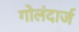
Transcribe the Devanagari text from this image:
गोलंदार्ज